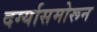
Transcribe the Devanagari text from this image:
दर्ग्यासमोरून